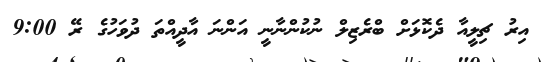
އިރު ޗިލީއާ ދެކޮޅަށް ބްރެޒިލް ނުކުންނާނީ އަންނަ އާދީއްތަ ދުވަހުގެ ރޭ 9:00